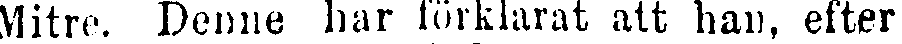
Mitre. Denne har förklarat att han, efter